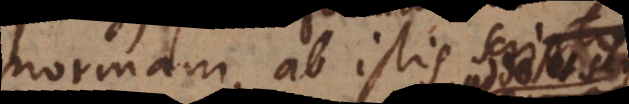
normam, ab istis ho